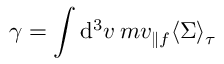
\gamma = \int \mathrm { d } ^ { 3 } v \: m v _ { \parallel f } \langle \Sigma \rangle _ { \tau }